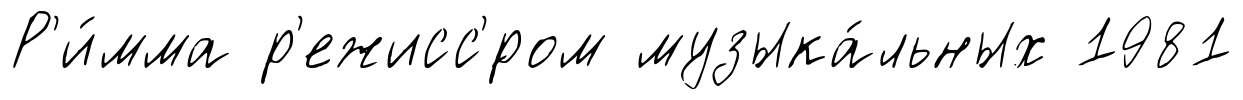
Р'и́мма р'ежисс'́ром музыка́льных 1981